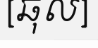
[ឆុល]